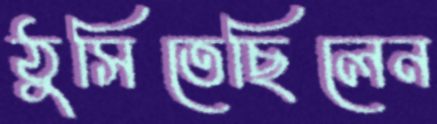
ঠুসিতেছিলেন